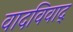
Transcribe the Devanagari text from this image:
वादविवाद्